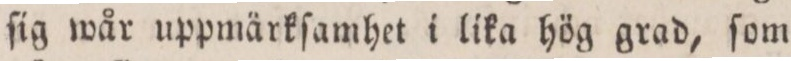
ſig wår uppmärkſamhet i lika hög grad, ſom